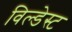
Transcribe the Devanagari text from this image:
विल्डेस्ट